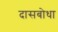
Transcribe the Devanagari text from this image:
दासबोधा